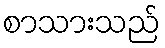
စာသားသည်